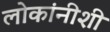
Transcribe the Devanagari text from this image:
लोकांनीशी